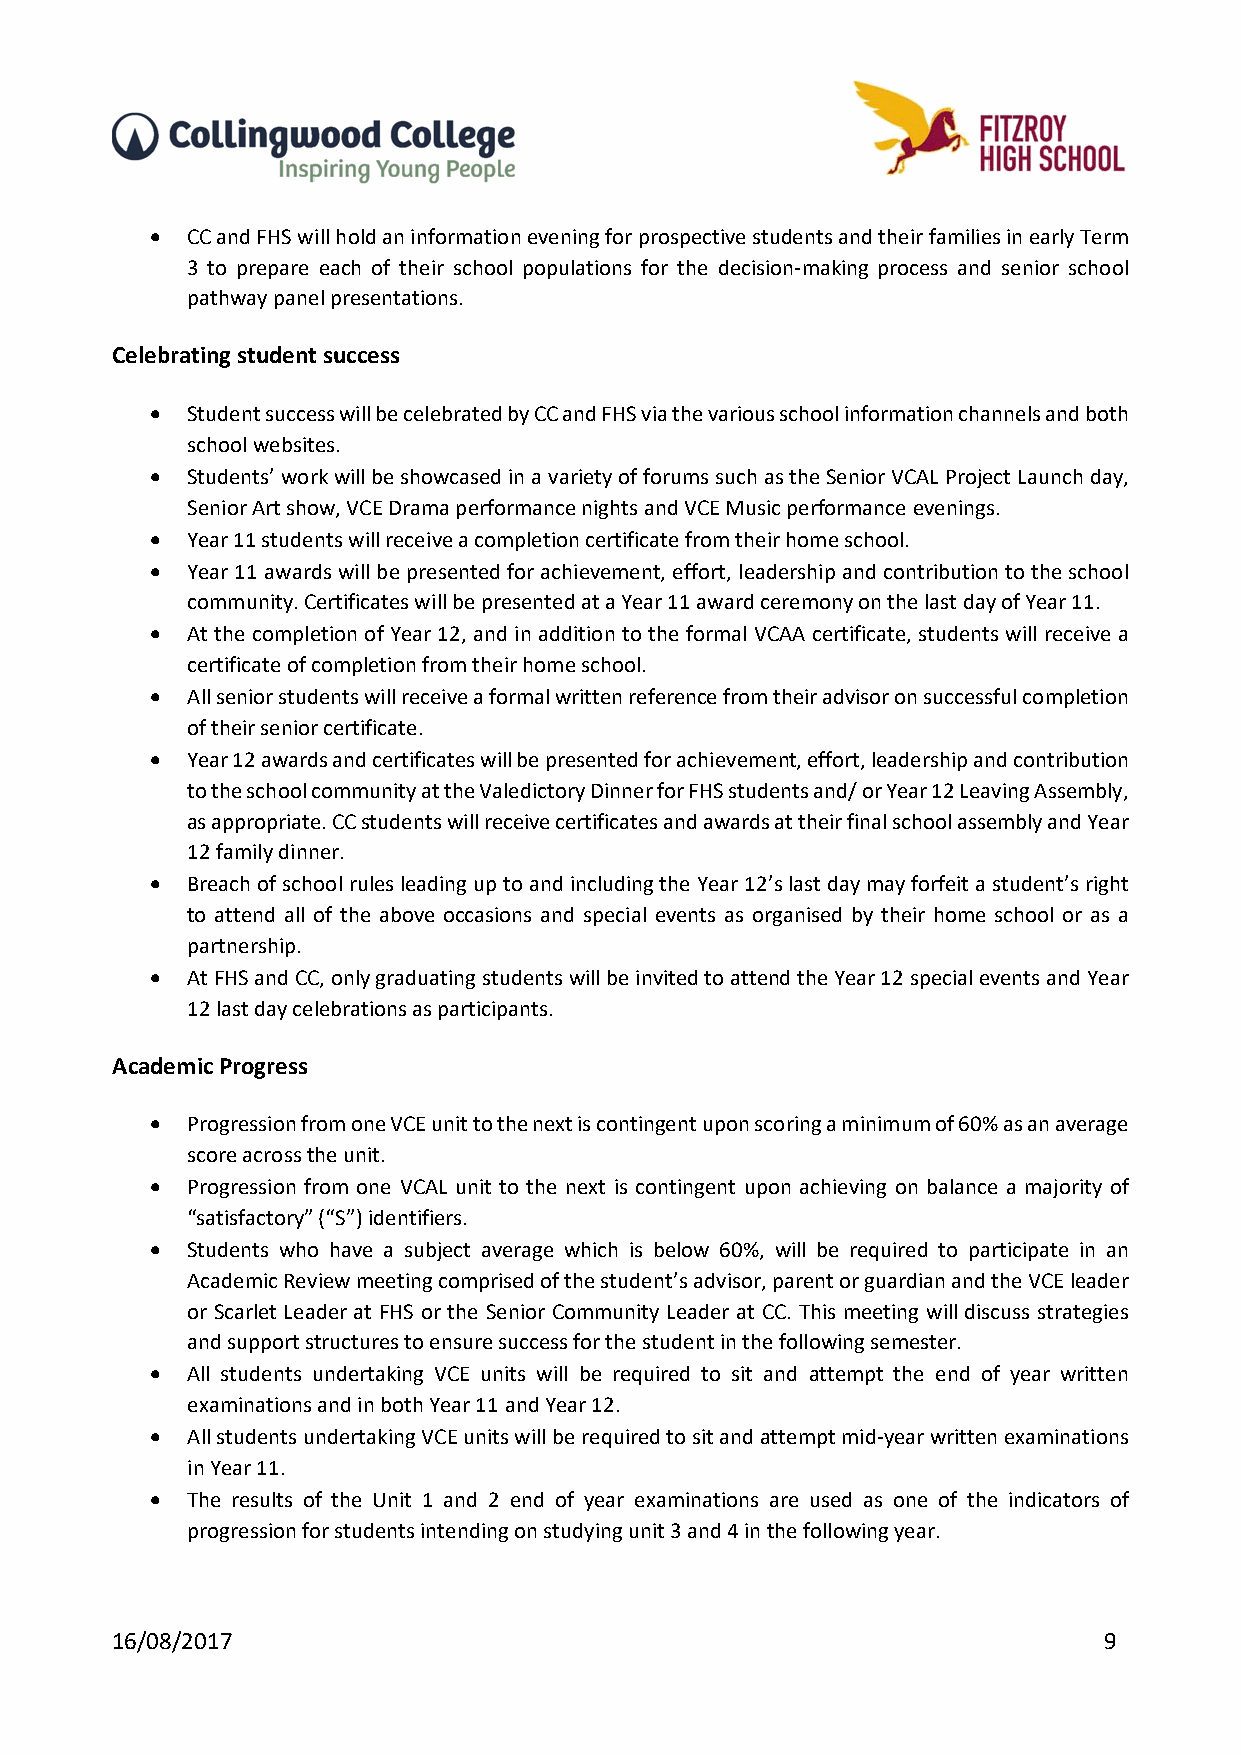
 CC and FHS will hold an information evening for prospective students and their families in early Term
 3 to prepare each of their school populations for the decision‐making process and senior school
 pathway panel presentations.
 Celebrating student success
  Student success will be celebrated by CC and FHS via the various school information channels and both
 school websites.
  Students’ work will be showcased in a variety of forums such as the Senior VCAL Project Launch day,
 Senior Art show, VCE Drama performance nights and VCE Music performance evenings.
  Year 11 students will receive a completion certificate from their home school.
  Year 11 awards will be presented for achievement, effort, leadership and contribution to the school
 community. Certificates will be presented at a Year 11 award ceremony on the last day of Year 11.
  At the completion of Year 12, and in addition to the formal VCAA certificate, students will receive a
 certificate of completion from their home school.
  All senior students will receive a formal written reference from their advisor on successful completion
 of their senior certificate.
  Year 12 awards and certificates will be presented for achievement, effort, leadership and contribution
 to the school community at the Valedictory Dinner for FHS students and/ or Year 12 Leaving Assembly,
 as appropriate. CC students will receive certificates and awards at their final school assembly and Year
 12 family dinner.
  Breach of school rules leading up to and including the Year 12’s last day may forfeit a student’s right
 to attend all of the above occasions and special events as organised by their home school or as a
 partnership.
  At FHS and CC, only graduating students will be invited to attend the Year 12 special events and Year
 12 last day celebrations as participants.
 Academic Progress
  Progression from one VCE unit to the next is contingent upon scoring a minimum of 60% as an average
 score across the unit.
  Progression from one VCAL unit to the next is contingent upon achieving on balance a majority of
 “satisfactory” (“S”) identifiers.
  Students who have a subject average which is below 60%, will be required to participate in an
 Academic Review meeting comprised of the student’s advisor, parent or guardian and the VCE leader
 or Scarlet Leader at FHS or the Senior Community Leader at CC. This meeting will discuss strategies
 and support structures to ensure success for the student in the following semester.
  All students undertaking VCE units will be required to sit and attempt the end of year written
 examinations and in both Year 11 and Year 12.
  All students undertaking VCE units will be required to sit and attempt mid‐year written examinations
 in Year 11.
  The results of the Unit 1 and 2 end of year examinations are used as one of the indicators of
 progression for students intending on studying unit 3 and 4 in the following year.
 16/08/2017                                                        9